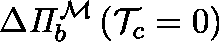
\Delta \mathit { \Pi } _ { b } ^ { \mathcal { M } } \left( \mathcal { T } _ { c } = 0 \right)